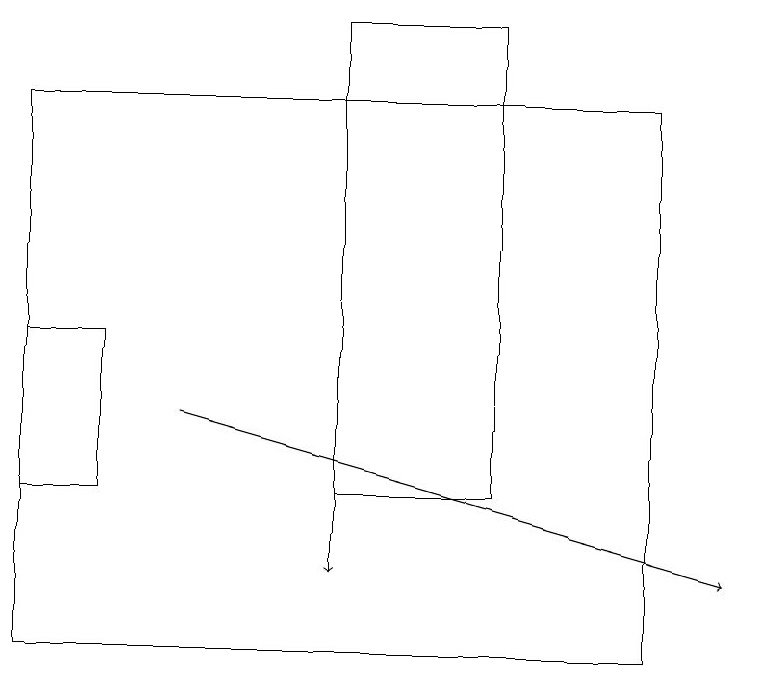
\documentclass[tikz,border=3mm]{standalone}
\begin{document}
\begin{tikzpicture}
\draw[->] (4,16) -- (4,12);
\draw[->] (2,14) -- (9,12);
\draw (6,13) rectangle (4,19);
\draw (1,13) rectangle (0,15);
\draw (8,11) rectangle (0,18);
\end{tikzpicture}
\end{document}